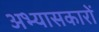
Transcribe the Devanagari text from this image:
अभ्‍यासकारों